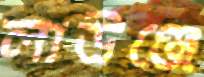
লাউঞ্জে